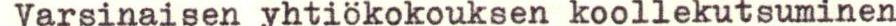
Varsinaisen yhtiökokouksen koollekutsuminen